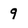
Character: 9